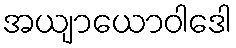
အယျာယောဝါဒေါ